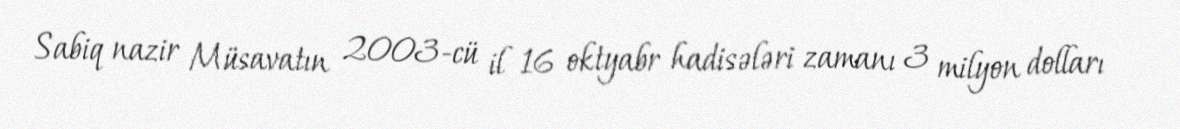
Sabiq nazir Müsavatın 2003-cü il 16 oktyabr hadisələri zamanı 3 milyon dolları